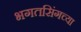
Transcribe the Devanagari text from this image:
भगतसिंगच्या